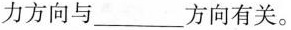
力方向与___方向有关。